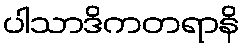
ပါသာဒိကတရာနိ